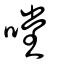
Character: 嘡